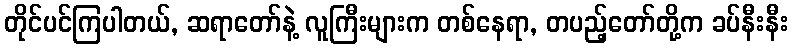
တိုင်ပင်ကြပါတယ်, ဆရာတော်နဲ့ လူကြီးများက တစ်နေရာ, တပည့်တော်တို့က ခပ်နီးနီး